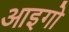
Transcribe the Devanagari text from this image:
आइगो